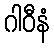
ဂါဝီနံ